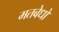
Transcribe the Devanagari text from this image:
मतबेधो